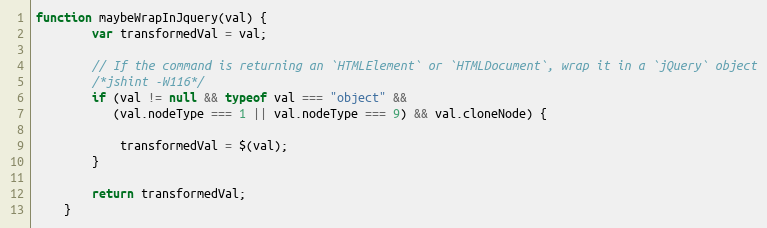
Language: JavaScript
function maybeWrapInJquery(val) {
        var transformedVal = val;

        // If the command is returning an `HTMLElement` or `HTMLDocument`, wrap it in a `jQuery` object
        /*jshint -W116*/
        if (val != null && typeof val === "object" &&
           (val.nodeType === 1 || val.nodeType === 9) && val.cloneNode) {

            transformedVal = $(val);
        }

        return transformedVal;
    }